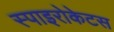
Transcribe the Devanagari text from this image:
स्पाइरोकेटस